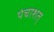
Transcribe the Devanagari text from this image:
पंचाशत्